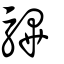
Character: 驆